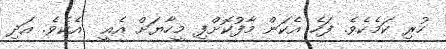
ހުރި ކަމެކެވެ. ފަހެ އެކަން މާފުކޮށްފި މީހާޔަށް އެއީ  އެކެވެ. އަދި